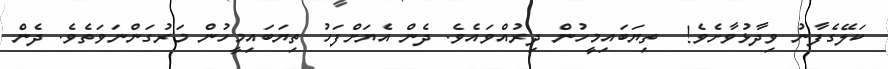
ކަލޭގެފާނު ވިދާޅުވާށެވެ!  ތިޔަބައިމީހުން ދިރުއްވައެވެ. ދެން އެޔަށްފަހު ތިޔަބައިމީހުން މަރުގަންނަވަތެވެ. ދެން